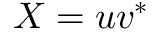
X = u { v } ^ { * }